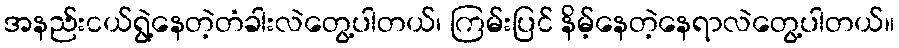
အနည်းငယ်ရွဲ့နေတဲ့တံခါးလဲတွေ့ပါတယ်၊ ကြမ်းပြင် နိမ့်နေတဲ့နေရာလဲတွေ့ပါတယ်။